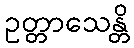
ဥတ္တာသေန္တိ